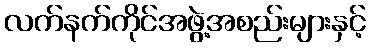
လက်နက်ကိုင်အဖွဲ့အစည်းများနှင့်